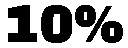
10%